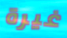
غيرة